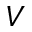
V